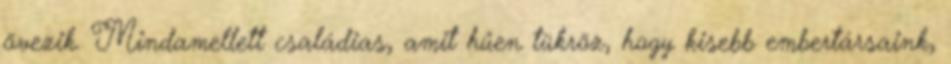
övezik. Mindamellett családias, amit hűen tükröz, hogy kisebb embertársaink,